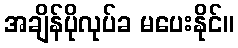
အချိန်ပိုလုပ်ခ မပေးနိုင်။